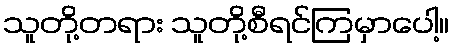
သူတို့တရား သူတို့စီရင်ကြမှာပေါ့။